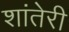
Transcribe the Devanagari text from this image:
शांतेरी